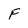
Character: F